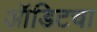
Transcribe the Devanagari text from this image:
ऑडिटचा